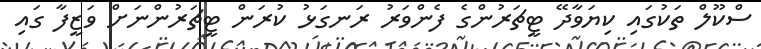
ސްކޫލް ތަކުގައި ކިޔަވާދޭ ޓީޗަރުންގެ ފެންވަރު ރަނގަޅު ކުރަން ޓީޗަރުންނަށް ވަޒީފާ ގައި